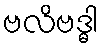
ဗလိဗဒ္ဓါ